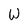
Character: W